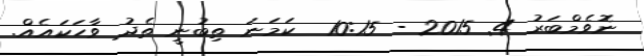
ނޮވެމްބަރު 4